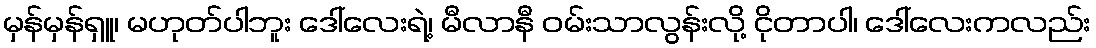
မှန်မှန်ရှူ၊ မဟုတ်ပါဘူး ဒေါ်လေးရဲ့၊ မီလာနီ ဝမ်းသာလွန်းလို့ ငိုတာပါ၊ ဒေါ်လေးကလည်း